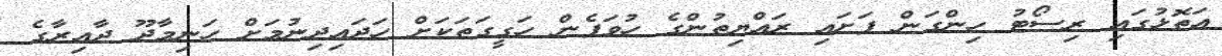
އަތޮޅުގައި ރިސޯޓު ހިންގަން ފަށައި ރައްޔިތުންގެ ހުވަފެން ހަގީގަތަކަށް ހަދައިދިނުމަށް ހަނިމާދޫ ދާއިރާގެ